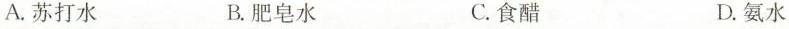
A.苏打水 B.肥皂水 C.食醋 D.氨水